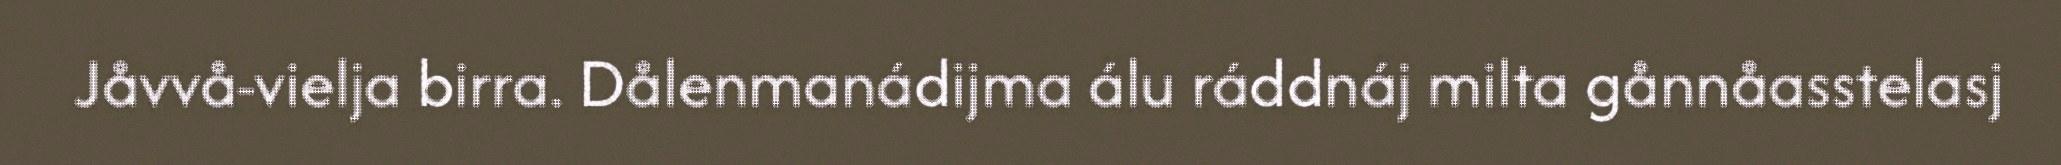
Jåvvå-vielja birra. Dålenmanádijma álu ráddnáj milta gånnåasstelasj